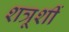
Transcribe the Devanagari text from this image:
शत्रूशीं